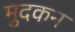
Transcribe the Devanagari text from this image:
मुदकन